Annual report on the working of the mental hospitals in the Madras Presidency - 1912-1932
Year: 1912
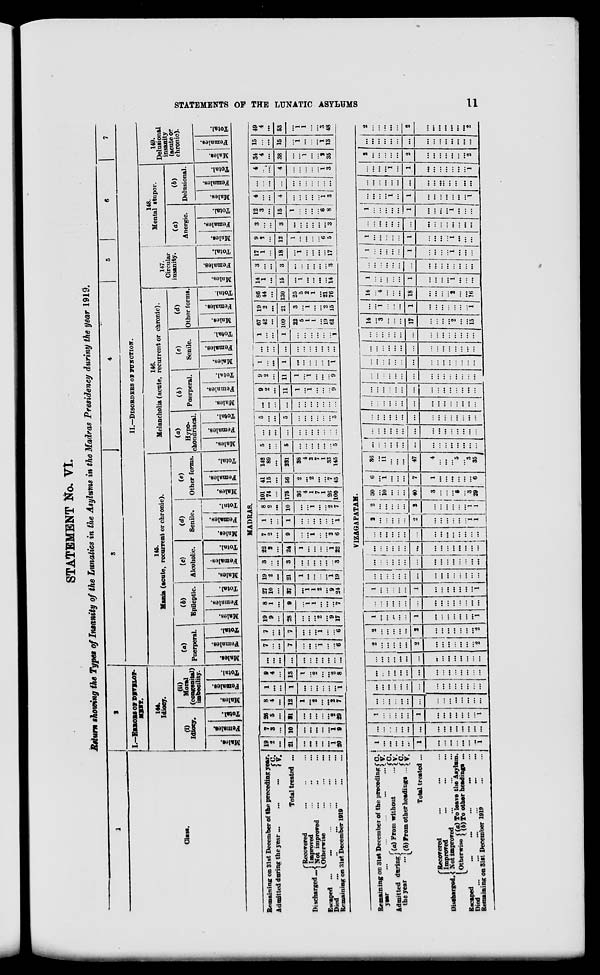
STATEMENTS OF THE LUNATIC ASYLUMS
11
STATEMENT No. VI.
Return showing the Types of Insanity of the Lunatics in the Asylums in the Madras Presidency during the year 1919.
1
Class.
2
I.—ERRORS
OF
DEVELOP-
MENT.
144.
Idiocy.
(i)
Idiocy.
Males.
Females.
Total.
(ii)
Moral
(congenital)
imbecility.
Males.
Females.
Total.
3
4
5
6
7
II.—DISORDERS
OF
FUNCTION.
145.
Mania (acute, recurrent or chronic).
(a)
Puerperal.
Males.
Females.
Total.
(b)
Epileptic.
Males.
Females.
Total.
(c)
Alcoholic.
Males.
Females.
Total.
(d)
Senile.
Males.
Females.
Total.
(e)
Other forms.
Males.
Females.
Total.
146.
Melancholia (acute, recurrent or chronic).
(a)
chondriacal.
Males.
Females.
Total.
(b)
Puerperal.
Males.
Females.
Total.
(c)
Senile.
Males.
Females.
Total.
(d)
Other forms.
Males.
Females.
Total.
147.
Circular
insanity.
Males.
Females.
Total.
148.
Mental stupor.
(a)
Anergic.
Males.
Females.
Total.
(b)
Delusional.
Males.
Females.
Total.
149.
Delusional
insanity
(acute or
chronic).
Males.
Females.
Total.
MADRAS.
Remaining on 31at December of the preceding year.
Admitted during the year ... ... ...
C.
V.
Total treated ...
Discharged
Recorered ... ... ...
Improved ... ... ...
Not improved ... ... ...
Otherwise
...
...
...
Escaped
...
...
...
...
...
Died ... ... ... ... ...
Remaining on 31st December 1919
...
...
19 2
...
21
...
...
...
...
...
1 20
7
3
...
10
...
...
...
...
...
1
9
26
5
...
31
...
...
...
...
...
2
29
8
4
...
12
1
...
2
...
...
2
7
1
...
...
1
...
...
...
...
...
...
1
9
4
...
13
1
...
2
...
...
2
8
...
...
...
...
...
...
...
...
...
...
...
7
...
...
7
...
...
...
1
...
...
6
7
...
...
7
...
...
...
1
...
...
6
19
9
...
28
...
...
...
2
...
9
17
8 1
...
9
...
1
1
...
...
...
7
27
10
...
37
...
1
1
2
...
9
24
19
2
...
21
1
...
...
...
...
1 19
3 ...
...
3
...
...
...
...
...
...
3
22
2
...
24
1
...
...
...
...
1
22
7
2
...
9
...
...
1
...
...
2
4
1
...
...
1
...
...
...
...
...
...
1
8
2
...
10
...
...
1
...
...
2
7
101
74
...
175
36
4
1
7
1
26
100
41
15
...
56
2
...
2
...
...
7
45
142
89
...
231
38
4
3
7
1
33
145
5
...
...
5
...
...
...
...
...
...
5
...
...
...
...
...
...
...
...
...
...
...
5
...
...
5
...
...
...
...
...
...
5
...
...
...
...
...
...
...
...
...
...
...
9
2
...
11
1
...
1
...
...
...
9
9
2
...
11
1
...
1
...
...
...
9
1
...
...
1
...
...
...
...
...
...
1
...
...
...
...
...
...
...
...
...
...
...
1
...
...
1
...
...
...
...
...
...
1
67
42
...
109
22
5
1
1
...
19
61
19
2
...
21
3
...
1
...
...
2
15
86
44
...
130
25
5
2
1
...
21
76
14
1
...
15
...
1
...
...
...
...
14
3 ...
...
3
...
...
...
...
...
...
3
17
1
...
18
...
1
...
...
...
...
17
9
3
...
12
1
...
...
...
...
6
5
3
...
...
3
...
...
...
...
...
...
3
12
3
...
15
1
...
...
...
...
6
8
4
...
...
4
...
...
...
...
...
1
3
...
...
...
...
...
...
...
...
...
...
...
4
...
...
4
...
...
...
...
...
1
3
34
4
...
38
...
...
1
...
...
2
35
15
...
...
15
...
1
...
...
...
1
13
49
4
...
53
...
1
1
...
...
3
48
VIZAGAPATAM.
Remaining on 31st December of the preceding
Admitted during
the year
(a)From
without ...
(b)Fram other headings ...
Total treated ...
Discharged.
C.
V.
C.
V.
C.
V.
...
Recorered ... ... ...
Improved
...
...
...
Not improved ... ... ...
Otherwise (a) To leave the Asylum.
(b) To other headings ...
Escaped ... ... ... ... ... ... ...
Died
...
...
...
...
...
...
...
Remaining on 31st December 1919
...
...
1
...
...
...
...
...
1
...
...
...
...
...
...
...
1
...
...
...
...
...
...
...
...
...
...
...
...
...
...
...
1
...
...
...
...
...
1
...
...
...
...
...
...
...
1
...
...
...
...
...
...
...
...
...
...
...
...
...
...
...
...
...
...
...
...
...
...
...
...
...
...
...
...
...
...
...
...
...
...
...
...
...
...
...
...
...
...
...
...
...
...
...
...
...
...
...
...
...
...
...
...
...
...
...
...
2
...
...
...
...
...
2
...
...
...
...
...
...
...
2
2
...
...
...
...
...
2
...
...
...
...
...
...
...
2
1
...
...
...
...
...
1
...
...
...
...
...
...
...
1
...
...
...
...
...
...
...
...
...
...
...
...
...
...
...
1
...
...
...
...
...
1
...
...
...
...
...
...
1
...
...
...
...
...
...
...
...
...
...
...
...
...
...
...
...
...
...
...
...
...
...
...
...
...
...
...
...
...
...
...
...
...
...
...
...
...
...
...
...
...
...
...
...
...
...
...
...
...
...
...
...
...
...
...
...
...
...
1
...
...
...
...
...
2
...
...
...
...
...
...
1
1
2 ...
... ...
...
...
2
...
...
...
...
...
... 1
1
30
...
10
...
...
...
40
3
...
...
...
5
...
3
29
6
...
1
...
...
...
7
1
...
...
...
...
...
...
6
36
...
11
...
...
...
47
4
...
...
...
5
...
3
35
...
...
...
...
...
...
...
...
...
...
...
...
...
...
...
...
...
...
...
...
...
...
...
...
...
...
...
...
...
...
...
...
...
...
...
...
...
...
...
...
...
...
...
...
...
...
...
...
...
...
...
...
...
...
...
...
...
...
...
...
...
...
...
...
...
...
...
...
...
...
...
...
...
...
...
...
...
...
...
...
...
...
...
...
...
...
...
...
...
...
...
...
...
...
...
...
...
...
...
...
...
...
...
...
...
...
...
...
...
...
...
...
...
...
...
...
...
...
...
...
...
...
...
...
...
...
...
...
...
...
...
...
...
...
14
...
...
...
...
...
17
...
...
...
...
2
...
...
15
...
...
1
...
...
...
1
...
...
...
...
...
...
...
1
14
...
4
...
...
...
18
...
...
...
...
2
...
...
16
1
...
...
...
...
...
1
...
...
...
...
1
...
...
...
...
...
...
...
...
...
...
...
... ...
...
...
...
...
...
1
...
...
...
...
...
1
...
...
...
...
1
...
...
...
1
...
...
...
...
...
1
...
...
...
...
1
...
...
...
...
...
...
...
...
...
...
...
...
...
...
...
...
...
...
1
...
...
...
...
...
1
...
...
...
...
1
...
...
...
...
...
...
...
1
...
1
...
...
...
...
...
... ...
1
...
...
...
...
...
...
...
...
...
...
...
...
...
...
...
...
...
...
...
1
...
1
...
...
...
...
...
...
...
1
2
...
...
...
...
...
2
...
...
...
...
...
...
...
2
...
...
...
...
...
...
...
...
...
...
...
...
...
...
...
2
...
...
...
...
...
2
...
...
...
...
...
...
...
2